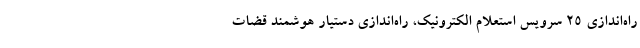
راه‌اندازی 25 سرویس استعلام الکترونیک، راه‌اندازی دستیار هوشمند قضات